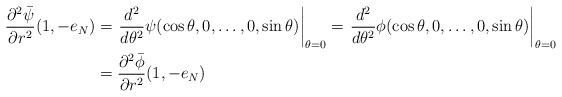
LaTeX: \begin{align*}\frac{\partial^2\bar{\psi}}{\partial r^2}(1,-e_N)&=\left.\frac{d^2}{d\theta^2}\psi(\cos\theta,0,\ldots,0,\sin\theta)\right|_{\theta=0}=\left.\frac{d^2}{d\theta^2}\phi(\cos\theta,0,\ldots,0,\sin\theta)\right|_{\theta=0}\\ &=\frac{\partial^2\bar{\phi}}{\partial r^2}(1,-e_N)\end{align*}